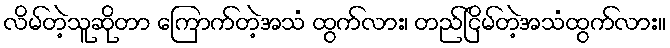
လိမ်တဲ့သူဆိုတာ ကြောက်တဲ့အသံ ထွက်လား၊ တည်ငြိမ်တဲ့အသံထွက်လား။